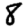
Digit: 8